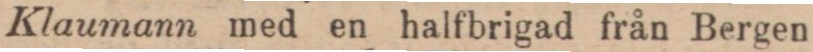
Klaumann med en halfbrigad från Bergen